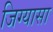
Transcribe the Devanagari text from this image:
जिग्यासा